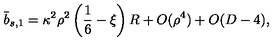
\bar { b } _ { s , 1 } = \kappa ^ { 2 } \rho ^ { 2 } \left( \frac 1 6 - \xi \right) R + O ( \rho ^ { 4 } ) + O ( D - 4 ) ,